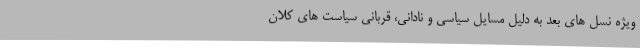
ویژه نسل های بعد به دلیل مسایل سیاسی و نادانی، قربانی سیاست های کلان